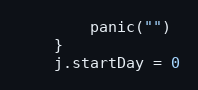
Language: Go
		panic("")
	}
	j.startDay = 0